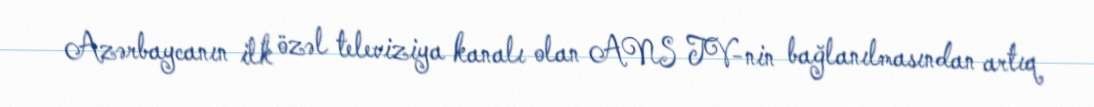
Azərbaycanın ilk özəl televiziya kanalı olan ANS TV-nin bağlanılmasından artıq